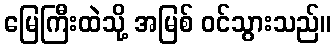
မြေကြီးထဲသို့ အမြစ် ဝင်သွားသည်။